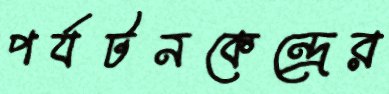
পর্যটনকেন্দ্রের